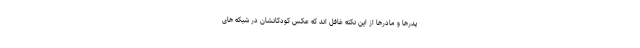
پدرها و مادرها از این نکته غافل اند که عکس کودکانشان در شبکه های